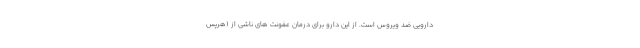
دارویی ضد ویروس است. از این دارو برای درمان عفونت های ناشی از (هرپس